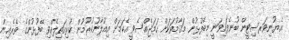
އެޔުނިވަރސިޓީން ބުނެފައިވަނީ މިބޭފުޅުން މަޤާމުތަކަށް ހަމަޖެއްސެވީ އެކަމަށް އިއުލާނުކުރުމުން ކުރިއަތިލެއްވި ބޭފުޅުންގެ ތެރެއިން